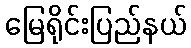
မြေရိုင်းပြည်နယ်